Vaccination Hyderabad 1890-1903 - 1890-1903
Year: 1890
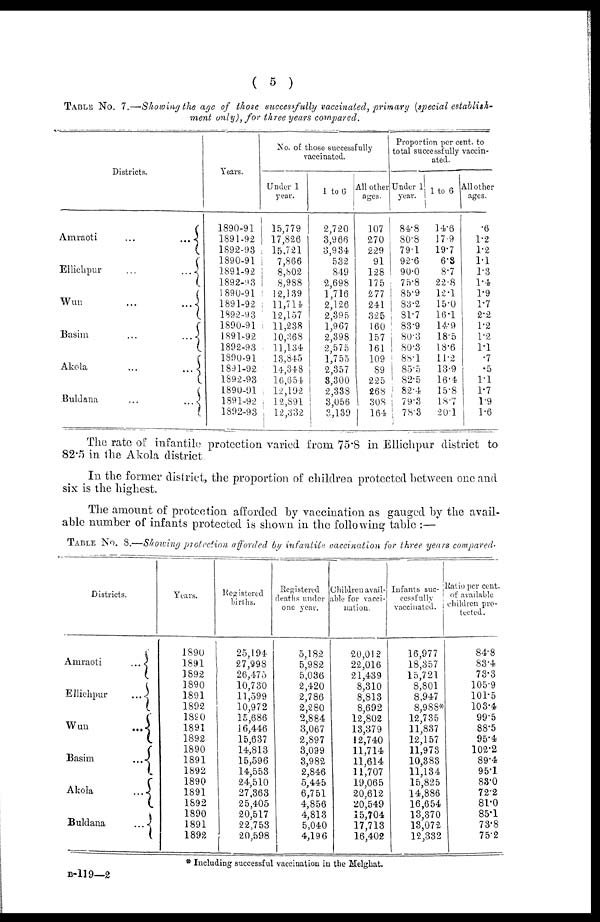
( 5 )
TABLE No. 7.—Showing the age of those successfully vaccinated, primary (special establish-
ment only), for three years compared.
Districts.
Amraoti
...
...
Ellichpur
...
...
Wun
...
...
Basim
...
...
Akola
...
...
Buldana
...
...
Years.
1890-91
1891-92
1892-93
1890-91
1891-92
1892-93
1890-91
1891-92
1892-93
1890-91
1891-92
1892-93
1890-91
1891-92
1892-93
1890-01
1891-92
1892-93
No. of those successfully
vaccinated.
Under 1
year.
15,779
17,826
15,721
7,866
8,802
8,988
12,139
11,714
12,157
11,238
10,368
11,134
13,845
14,348
16,654
12,192
12,891
12,332
1 to 6
2,720
3,966
3,934
532
849
2,698
1,716
2,126
2,395
1,967
2,398
2,575
1,755
2,357
3,300
2,338
3,056
3,139
All other
ages.
107
270
229
91
128
175
277
241
325
160
157
161
109
89
225
268
308
164
Proportion per cent. to
total successfully vaccin-
ated.
Under 1
year.
84.8
80.8
79.1
92.6
90.0
75.8
85.9
83.2
81.7
83.9
80.3
80.3
88.1
85.5
82.5
82.4
79.3
78.3
1 to 6
14.6
17.9
19.7
6.3
8.7
22.8
12.1
15.0
16.1
14.9
18.5
18.6
11.2
13.9
16.4
15.8
18.7
20.1
All other
ages.
.6
1.2
1.2
1.1
1.3
1.4
1.9
1.7
2.2
1.2
1.2
1.1
.7
.5
1.1
1.7
1.9
1.6
The rate of infantile protection varied from 75.8 in Ellichpur district to
82.5 in the Akola district.
In the former district, the proportion of children protected between one and
six is the highest.
The amount of protection afforded by vaccination as gauged by the avail-
able number of infants protected is shown in the following table :—
TABLE No. 8.—Showing protection afforded by infantile vaccination for three years compared.
Districts.
Amraoti
...
Ellichpur
...
Wun
...
Basim
...
Akola
...
Buldana
...
Years.
1890
1891
1892
1890
1891
1892
1890
1891
1892
1890
1891
1892
1890
1891
1892
1890
1891
1892
Registered
births.
25,194
27,998
26,475
10,730
11,599
10,972
15,686
16,446
15,637
14,813
15,596
14,553
24,510
27,363
25,405
20,517
22,753
20,598
Registered
deaths under
one year.
5,182
5,982
5,036
2,420
2,786
2,280
2,884
3,067
2,897
3,099
3,982
2,846
5,445
6,751
4,856
4,813
5,040
4,196
Children avail¬
able for vacci-
nation.
20,012
22,016
21,439
8,310
8,813
8,692
12,802
13,379
12,740
11,714
11,614
11,707
19,065
20,612
20,549
15,704
17,713
16,402
Infants suc¬
cessfully
vaccinated.
16,977
18,357
15,721
8,801
8,947
8,988*
12,735
11,837
12,157
11,973
10,383
11,134
15,825
14,886
16,654
13,370
13,072
12,332
Ratio per cent.
of available
children pro-
tected.
84.8
83.4
73.3
105.9
101.5
103.4
99.5
88.5
95.4
102.2
89.4
95.1
83.0
72.2
81.0
85.1
73.8
75.2
* Including successful vaccination in the Melghat.
B-119—2